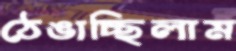
ঠেঙাচ্ছিলাম